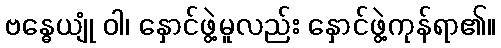
ဗန္ဓေယျုံ ဝါ၊ နှောင်ဖွဲ့မူလည်း နှောင်ဖွဲ့ကုန်ရာ၏။